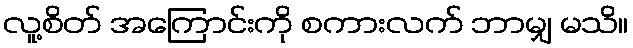
လူ့စိတ် အကြောင်းကို စကားလက် ဘာမျှ မသိ။